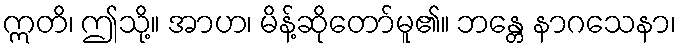
ဣတိ၊ ဤသို့။ အာဟ၊ မိန့်ဆိုတော်မူ၏။ ဘန္တေ နာဂသေနာ၊